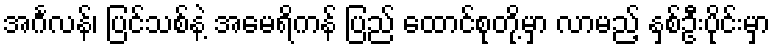
အင်္ဂလန်၊ ပြင်သစ်နဲ့ အမေရိကန် ပြည် ထောင်စုတို့မှာ လာမည့် နှစ်ဦးပိုင်းမှာ